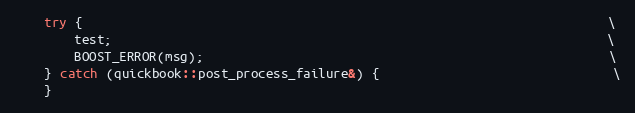
Language: C++
    try {                                                                      \
        test;                                                                  \
        BOOST_ERROR(msg);                                                      \
    } catch (quickbook::post_process_failure&) {                               \
    }